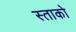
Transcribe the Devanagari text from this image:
स्ताको